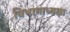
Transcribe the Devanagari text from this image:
विभागाध्यक्षा